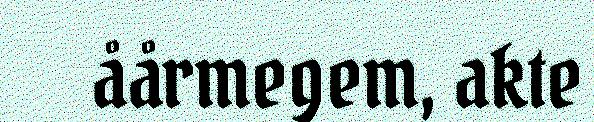
åårmegem, akte